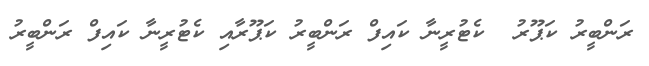
ރަންބީރު ކަޕޫރު  ކެޓުރީނާ ކައިފް ރަންބީރު ކަޕޫރާއި ކެޓުރީނާ ކައިފް ރަންބީރު